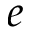
e